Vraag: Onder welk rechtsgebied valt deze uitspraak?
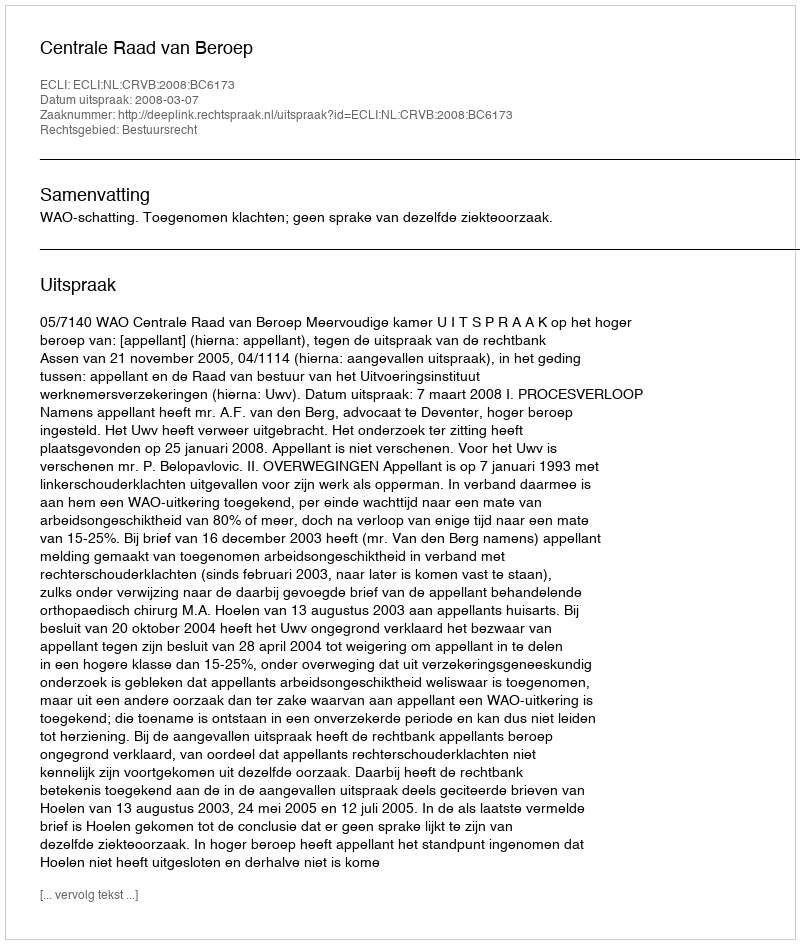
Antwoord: Bestuursrecht